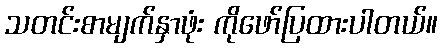
သတင်းစာမျက်နှာဖုံး ကိုဖော်ပြထားပါတယ်။